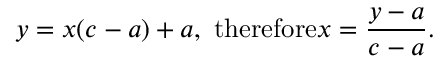
y = x ( c - a ) + a , { \mathrm { ~ t h e r e f o r e } } x = { \frac { y - a } { c - a } } .